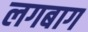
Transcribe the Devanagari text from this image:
लगबाग